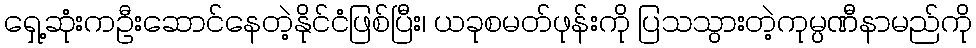
ရှေ့ဆုံးကဦးဆောင်နေတဲ့နိုင်ငံဖြစ်ပြီး၊ ယခုစမတ်ဖုန်းကို ပြသသွားတဲ့ကုမ္ပဏီနာမည်ကို